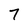
Character: 7